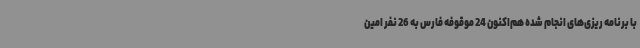
با برنامه ریزی‌های انجام شده هم‌اکنون 24 موقوفه فارس به 26 نفر امین